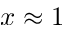
x \approx 1